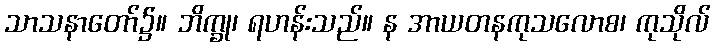
သာသနာတော်၌။ ဘိက္ခု၊ ရဟန်းသည်။ န အာယတနကုသလောစ၊ ကုသိုလ်